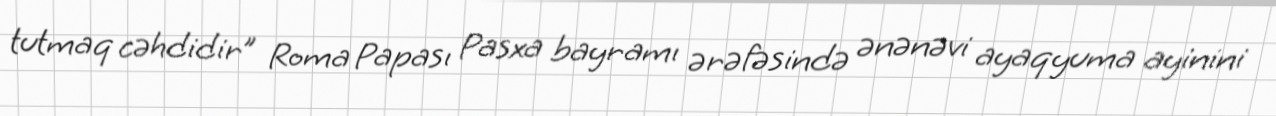
tutmaq cəhdidir” Roma Papası Pasxa bayramı ərəfəsində ənənəvi ayaqyuma ayinini